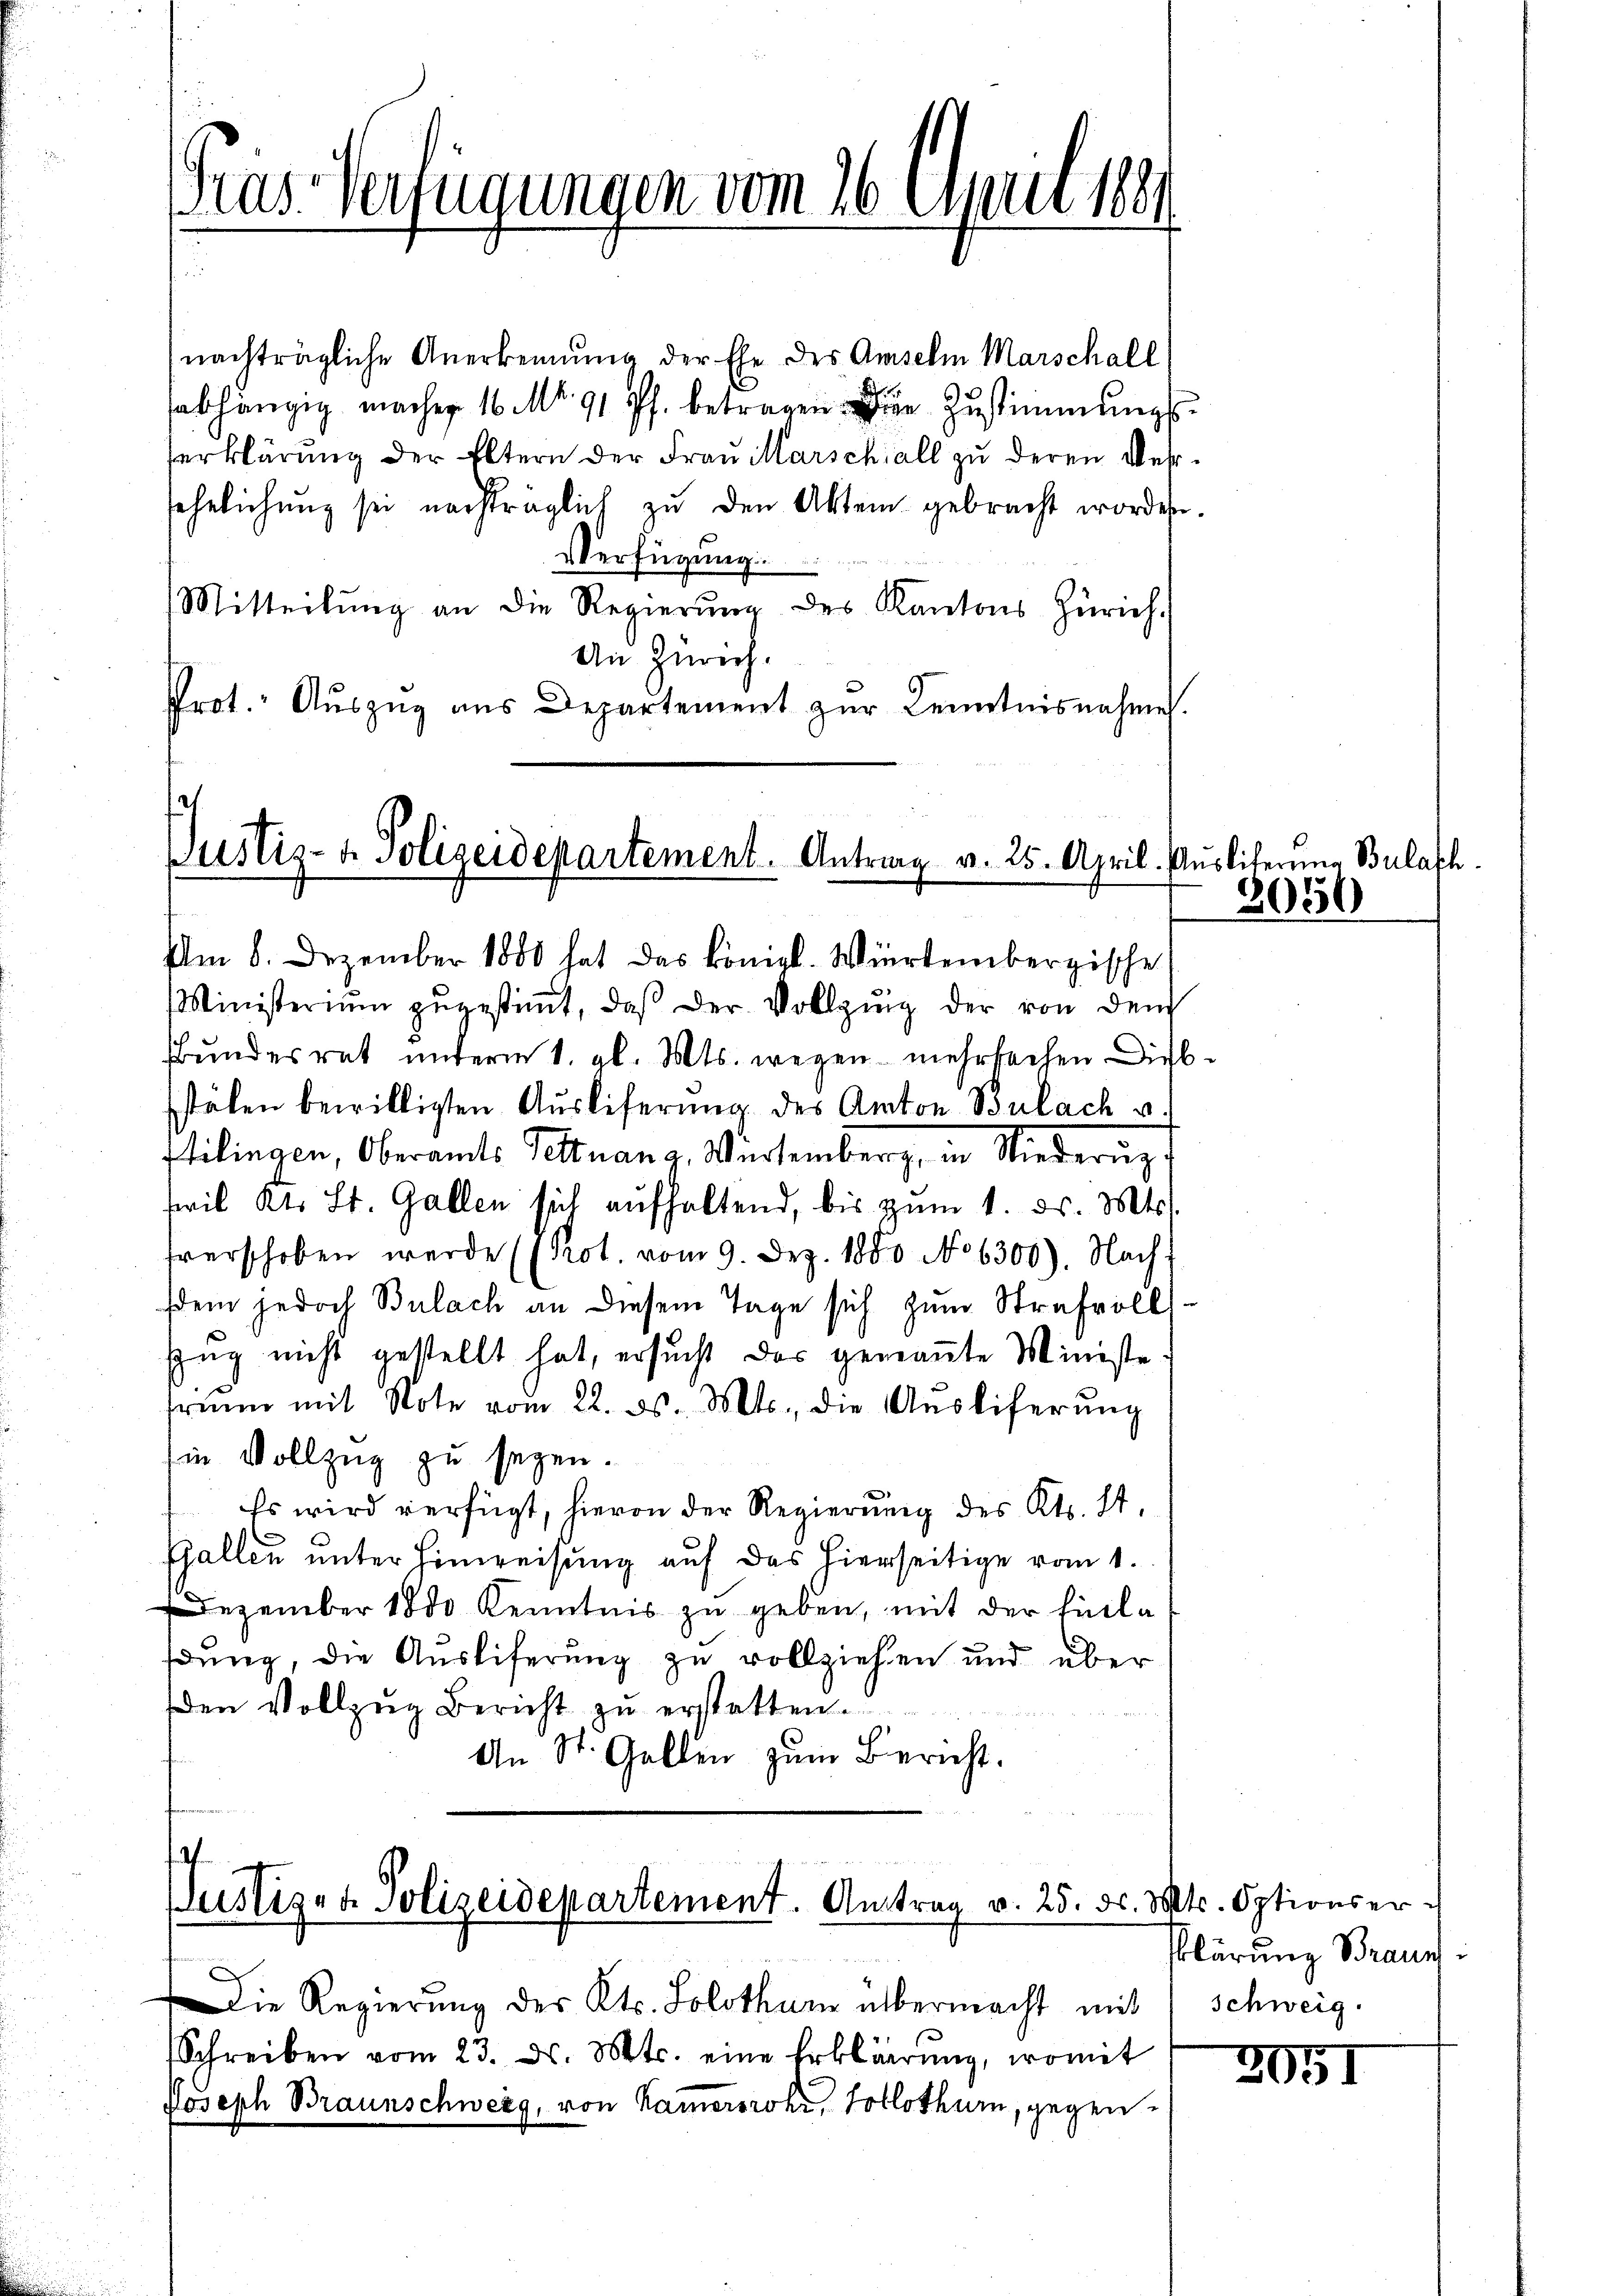
Gras Verfügungen vom 16. April 1889

nachträgliche Anerkennung der Ehe des Amselm Marschall
abhängig machen 16. Mo. 91 Pf. betragen die Zustimmungs-
serklärung der Eltern der Frau Marschall zu deren Versehelichung sei nachträglich zu den Akten gebracht worden.
VVerfügung.
Mitteilŭng an die Regierŭng des Kantons Zürich.
An Zürich.
Prot. Auszug aus Departement zur Kenntnisnahmen.

Justiz- & Polizeidepartement. Antrag v. 25. April.

Am 8. Dezember 1800 hat das königl. Wiertembergische
Ministeriŭm zŭgestimmt, daβ der Vollzung der von dem
Bundesrat unterm 1. gl. Mts. wegen mehrbachen Diebstälen bewilligten Auslieferung des Anton Bülach u.
ftilingen, Oberamts Pettnan z. Würtemberg, in Niederung
swil Kt. St. Gallen sich aufhaltend, bis zŭm 1. ds. Mts.
fverschoben werde ((Pot. vom 9. Dez. 1880 No 6300). Nachsdem jedoch Bulach an diesem Tage sich zum Strafvolls-
Zug nicht gestellt hat, ersucht das genaṅte Ministe
fren mit Note vom 22. ds. Mts., die Aŭsliferŭng
Ein Vollzug zu seyen.
Es wird verfügt, hievon der Regierung des Kts. S.
Gallen unter Hinweisung auf das hierseitige vom 1.
Dezember 1800 Kenntnis zu geben, mit der Einla
dung, die Ausliferung zu vollziehen und über
den Vollzug Bericht zu erstatten.
An St. Gallen zŭm Bericht.

Justiz- & Polizeidepartement. Antrag v. 25. d. Mts. Optionser u

Die Regierung des Kts. Solothur übermacht mit Schweig.
Schreiben vom 23. ds. Mts. eine Erklärung, womit
Joseph Braunschweig, von Kamerorski, Tollothurn, gegen¬

e

84

Pklärung Brauns

2951